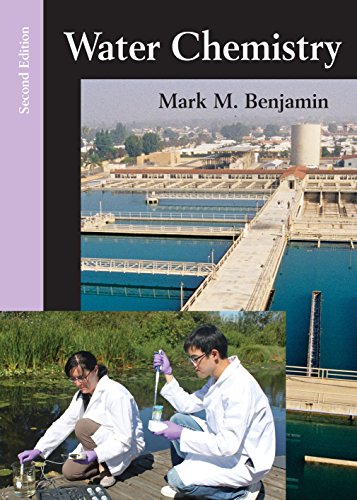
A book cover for Water Chemistry, Second Edition; Mark M. Benjamin; Science & Math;